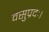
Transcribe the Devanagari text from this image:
वसुप्रदः।